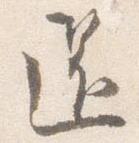
還